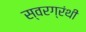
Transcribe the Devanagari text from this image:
स्वरग्रंथी